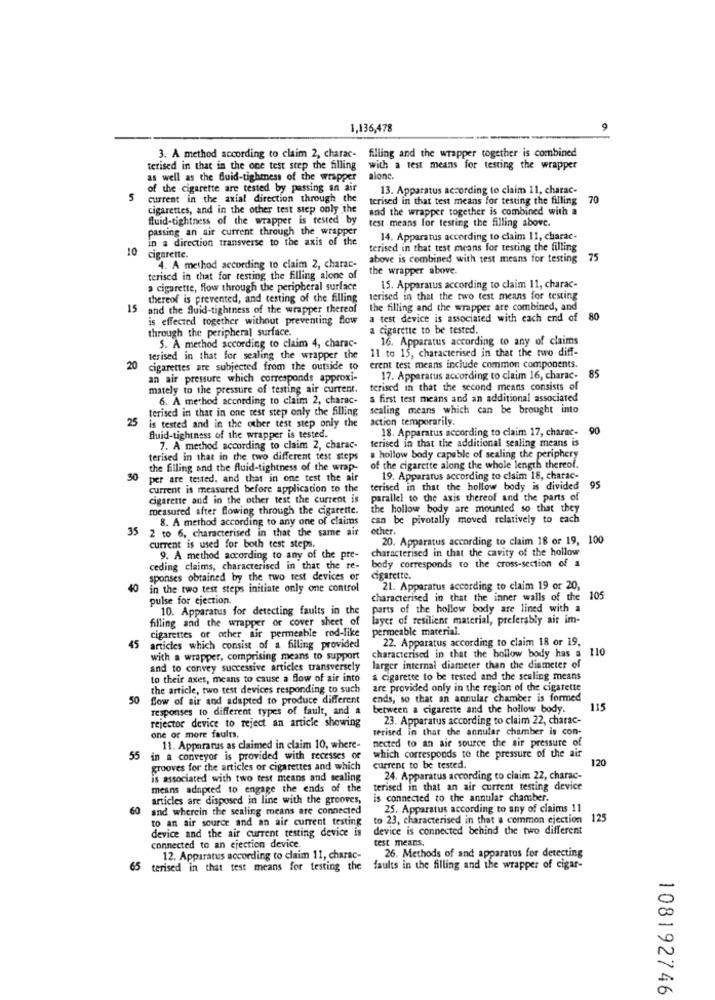
1,136,478
filling and the wrapper together is combined
3. A method according to claim 2, charac-
terised in that in the one test step the filling
with a test means for testing the wrapper
as well as the fluid-tightness of the wrapper
alone.
of the cigarette are tested by passing an air
13. Apparatus according to claim 11, charac-
5
current in the axial direction through the
terised in that test means for testing the filling 70
cigarettes, and in the other test step only the
and the wrapper together is combined with a
fluid-tightness of the wrapper is tested by
test means for testing the filling above.
passing an air current through the wrapper
in a direction transverse to the axis of the
14. Apparatus according to claim 11, charac-
10
terised in that test means for testing the filling
cigarette.
above is combined with test means for testing 75
4. A method according to claim 2, charac-
the wrapper above.
terised in that for testing the filling alone of
a cigarette, flow through the peripheral surface
15. Apparatus according to claim 11, charac-
thereof is prevented, and testing of the filling
terised in that the two test means for testing
15
and the Quid-tightness of the wrapper thereof
the filling and the wrapper are combined, and
is effected together without preventing flow
a test device is associated with each end of
80
through the peripheral surface.
a cigarette to be tested
16. Apparatus according to any of claims
S. A method according to claim 4, charac-
11 to 15, characterised in that the two diff-
terised in that for sealing the wrapper the
20
cigarettes are subjected from the outside to
erent test means include common components.
an air pressure which corresponds approxi-
17. Apparatus according to claim 16, charac-
85
mately to the pressure of testing air current.
terised in that the second means consists of
6. A method according to claim 2, charac-
& first test means and an additional associated
terised in that in one test step only the filling
sealing means which can be brought into
25
is tested and in the other test step only the
action temporarily.
18. Apparatus according to claim 17, charac-
90
fluid-tightness of the wrapper is tested.
terised in that the additional sealing means is
7. A method according to claim 2, charac-
terised in that in the two different test steps
# hollow body capable of sealing the periphery
the filling and the fluid-tightness of the wrap-
of the cigarette along the whole length thereof.
50
per are tested, and that in one test the air
19. Apparatus according to claim 18, charac-
current is measured before application to the
terised in that the hollow body is divided
95
cigarette and in the other test the current is
parallel to the axis thereof and the parts of
measured after flowing through the cigarette.
the hollow body are mounted so that they
8. A method according to any one of claims
can be pivotally moved relatively to each
35 2 to 6, characterised in that the same air
other.
20. Apparatus according to claim 18 or 19, 100
current is used for both test steps.
characterised in that the cavity of the hollow
9. A method according to any of the pre-
ceding claims, characterised in that the re-
body corresponds to the cross-section of a
sponses obtained by the two test devices or
cigarette.
40
in the two test steps initiate only one control
21. Apparatus according to claim 19 or 20,
pulse for ejection.
characterised in that the inner walls of the
105
10. Apparatus for detecting faults in the
parts of the hollow body are lined with a
filling and the wrapper or cover sheet of
layer of resilient material, preferably air im-
permeable material.
cigarettes or other sir permeable rod-like
22. Apparatus according to claim 18 or 19.
45 articles which consist of a filling provided
characterised in that the hollow body has a 110
with a wrapper, comprising means to support
and to convey successive articles transversely
larger internal diameter than the diameter of
to their axes, means to cause a flow of air into
a cigarette to be tested and the sealing means
the article, two test devices responding to such
are provided only in the region of the cigarette
50
Blow of air and adapted to produce different
ends, so that an annular chamber is formed
responses to different types of fault, and a
between a cigarette and the hollow body.
115
rejector device to reject an article showing
23. Apparatus according to claim 22, charac-
verised in that the annular chamber is con-
one or more faults.
nected to an aie source the air pressure of
11. Apparatus as claimed in claim 10, where-
55
in a conveyor is provided with recesses or
which corresponds to the pressure of the air
120
grooves for the articles or cigarettes and which
current to be tested.
is associated with two test means and sealing
24. Apparatus according to claim 22, charac-
means adapted to engage the ends of the
terised in that an air current testing device
articles are disposed in line with the grooves,
is connected to the annular chamber.
60
and wherein the sealing means are connected
25. Apparatus according to sny of claims 11
to an air source and an air current testing
to 23, characterised in that a common ejection
125
device is connected behind the two different
device and the air current testing device is
test means.
connected to an ejection device.
26. Methods of and apparatus for detecting
12. Apparatus according to claim 11, charac-
65
terised in that test means for testing the
faults in the filling and the wrapper of cigar-
108192746